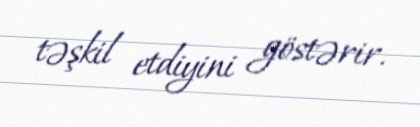
təşkil etdiyini göstərir.